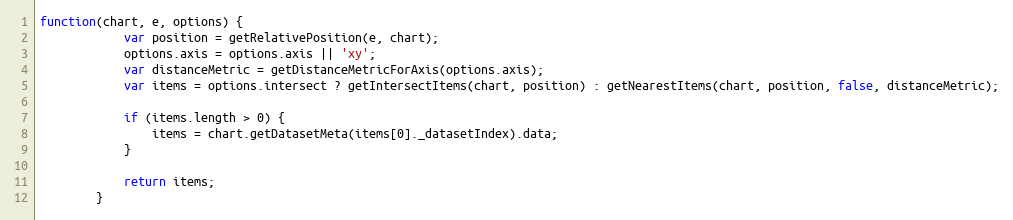
Language: JavaScript
function(chart, e, options) {
			var position = getRelativePosition(e, chart);
			options.axis = options.axis || 'xy';
			var distanceMetric = getDistanceMetricForAxis(options.axis);
			var items = options.intersect ? getIntersectItems(chart, position) : getNearestItems(chart, position, false, distanceMetric);

			if (items.length > 0) {
				items = chart.getDatasetMeta(items[0]._datasetIndex).data;
			}

			return items;
		}